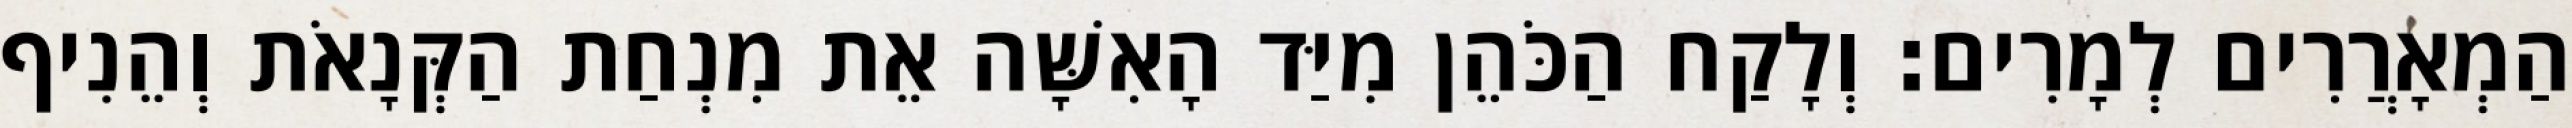
הַמְאָרֲרִים לְמָרִים׃ וְלָקַח הַכֹּהֵן מִיַּד הָאִשָּׁה אֵת מִנְחַת הַקְּנָאֹת וְהֵנִיף